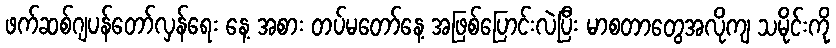
ဖက်ဆစ်ဂျပန်တော်လှန်ရေး နေ့ အစား တပ်မတော်နေ့ အဖြစ်ပြောင်းလဲပြီး မာစတာတွေအလိုကျ သမိုင်းကို